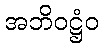
အဘိဝဋ္ဌံဝ